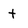
Character: t